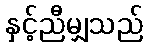
နှင့်ညီမျှသည်